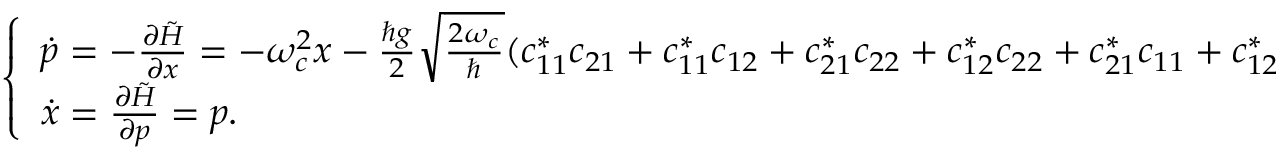
\begin{array} { r } { \left\{ \begin{array} { l l } { \dot { p } = - \frac { \partial \tilde { H } } { \partial x } = - \omega _ { c } ^ { 2 } x - \frac { \hbar g } { 2 } \sqrt { \frac { 2 \omega _ { c } } { \hbar } } ( c _ { 1 1 } ^ { * } c _ { 2 1 } + c _ { 1 1 } ^ { * } c _ { 1 2 } + c _ { 2 1 } ^ { * } c _ { 2 2 } + c _ { 1 2 } ^ { * } c _ { 2 2 } + c _ { 2 1 } ^ { * } c _ { 1 1 } + c _ { 1 2 } ^ { * } c _ { 1 1 } + c _ { 2 2 } ^ { * } c _ { 2 1 } + c _ { 2 2 } ^ { * } c _ { 1 2 } ) } \\ { \dot { x } = \frac { \partial \tilde { H } } { \partial p } = p . } \end{array} \right. } \end{array}